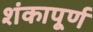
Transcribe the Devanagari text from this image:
शंकापूर्ण